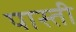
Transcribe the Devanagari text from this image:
पास्ती